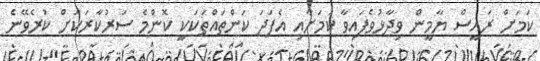
ކަމަށް ރައީސް ޔާމީން ވިދާޅުވެފައިވާ ކަމަށާއި އެފަދަ ކަންތައްތަކަކީ ކޮންމެ ސަރުކާރަކަށް ކުރެވޭނެ